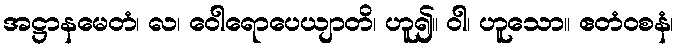
အဋ္ဌာနမေတံ၊ လ၊ ဝေါရောပေယျာတိ၊ ဟူ၍။ ဝါ၊ ဟူသော။ ဧတံဝစနံ၊